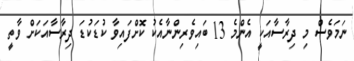
ނަމަވެސް މި ދިރާސާއަކީ އެންމެ 13 ބައިވެރިންނާއެކު ކޮށްފައިވާ ކުޑަކުޑަ ދިރާސާއަކަށް ވާތީ